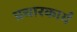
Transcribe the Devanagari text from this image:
प्रचारकार्य